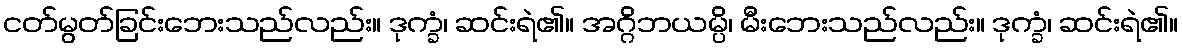
ငတ်မွတ်ခြင်းဘေးသည်လည်း။ ဒုက္ခံ၊ ဆင်းရဲ၏။ အဂ္ဂိဘယမ္ပိ၊ မီးဘေးသည်လည်း။ ဒုက္ခံ၊ ဆင်းရဲ၏။